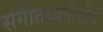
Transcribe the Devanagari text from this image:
संगीतध्वनीचौर्य